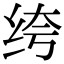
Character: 绔